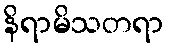
နိရာမိသတရာ